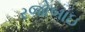
રજોબાઇ